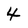
Character: 4